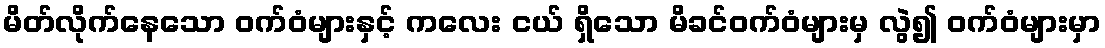
မိတ်လိုက်နေသော ဝက်ဝံများနှင့် ကလေး ငယ် ရှိသော မိခင်ဝက်ဝံများမှ လွဲ၍ ဝက်ဝံများမှာ